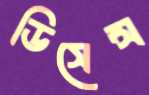
ডিসেন্স